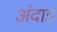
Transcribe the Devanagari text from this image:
अंदाड